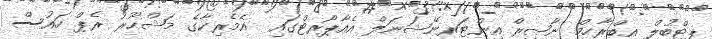
ޕިޓްބުލް އިބްރާހިމް ނާޞިރް އިންޓަރނޭޝަނަލް އެއާޕޯރޓްގައި  އެމެރިކާގެ މަޝްޙޫރު ރެޕް ހައުސް